Civil Veterinary Department Bihar & Orissa reports 1922-29 - 1922-1929
Year: 1922
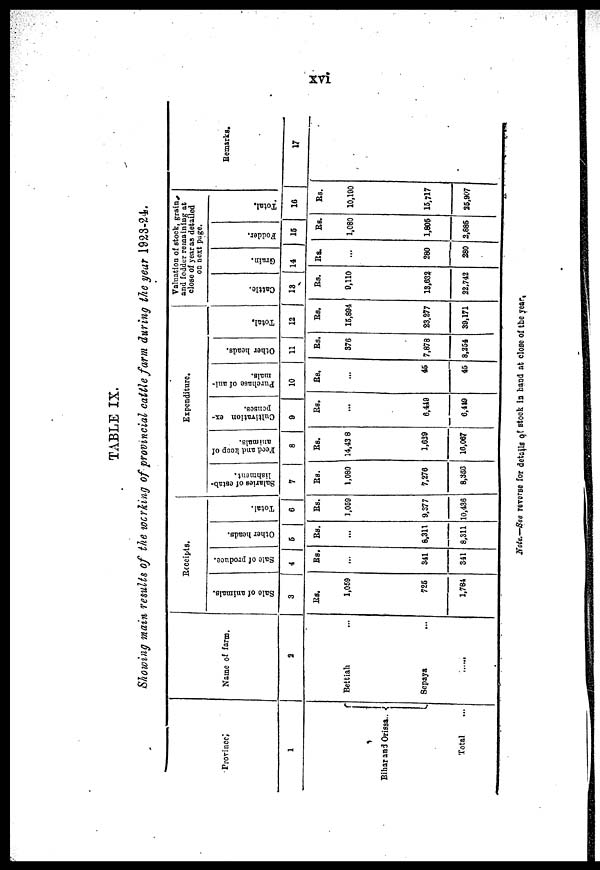
TABLE IX.
Showing main results of the working of provincial cattle farm during the year 1928-24.
Province
1
Bihar and Orissa..
Total
Name of farm.
2
Bettiah
Sepaya
R
eceipts
.
Sale of animals.
Sale of produce.
3
4
lis.
1,059
725
1,781
Rs.
341
341
Other heads.
5
Rs.
...
6,311
8,311
Total.
6
Rs.
1,053
9.377
10,436
Expenditure.
Salaries of estab-
lishment.
7
Rs.
1,080
7.276
8,350
Feed and keep of
animals.
8
Rs.
14,43 8
1,639
10,067
Cultivation ex-
penses.
9
Rs.
...
6,419
6,419
Purchase of ani-
mals.
10
Rs.
...
45
45
Other heads.
11
Rs.
376
7,878
8,254
Total.
12
Rs.
15,894
23.277
39,171
Valuation of stock, grain
and fodder remaining at
close of year as detailed
on next page.
Cattle.
13
Rs.
9,110
13,632
22,742
Grain.
14
Rs.
...
280
280
Fodder.
15
Rs.
1,080
1,805
2,885
Total.
16
Rs.
10,190
15,717
25,907
Remarks.
17
Note.—See reverse for details of stock in hand at close of the year,